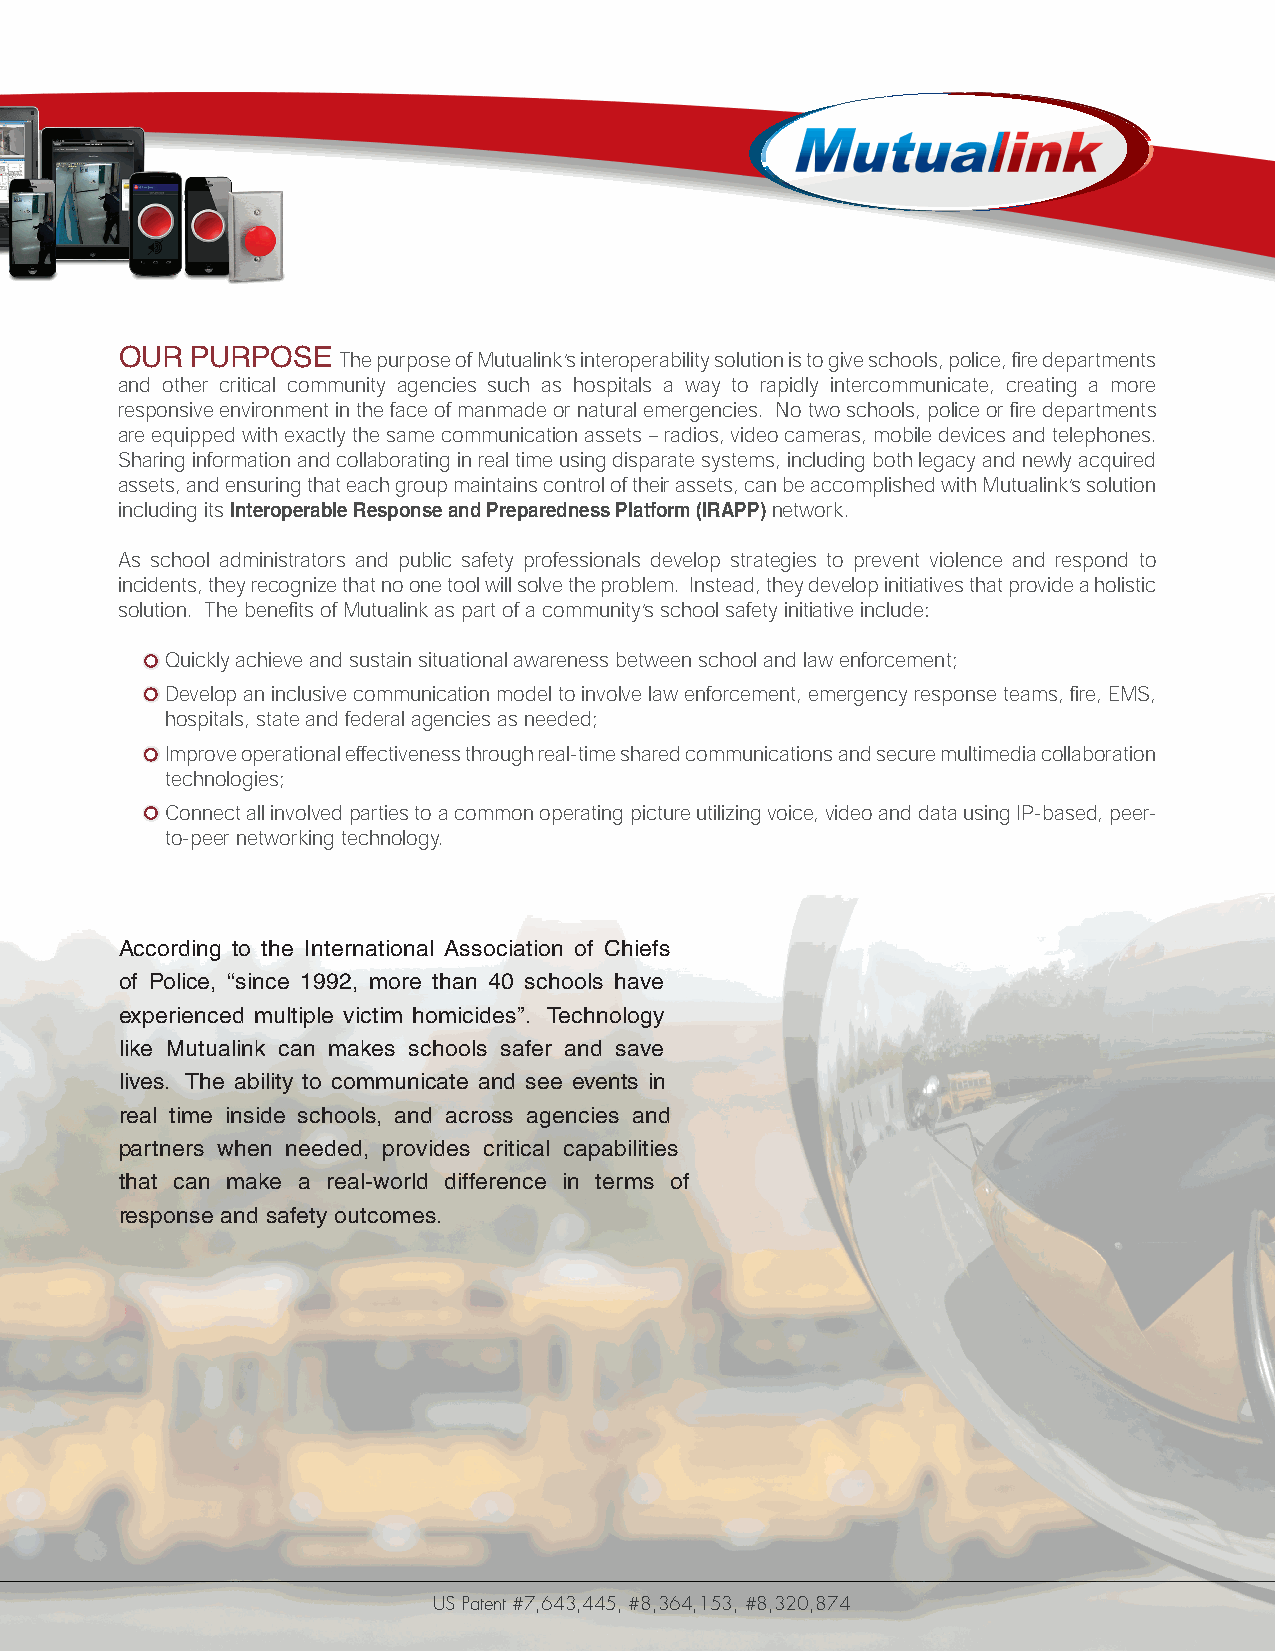
Controllable    Intuitive    Affordable
 OUR  PURPOSE  The purpose of Mutualink’s interoperability solution is to give schools, police, fire departments
 and other critical community agencies such as hospitals a way to rapidly intercommunicate, creating a more
 responsive environment in the face of manmade or natural emergencies. No two schools, police or fire departments
 are equipped with exactly the same communication assets – radios, video cameras, mobile devices and telephones.
 Sharing information and collaborating in real time using disparate systems, including both legacy and newly acquired
 assets, and ensuring that each group maintains control of their assets, can be accomplished with Mutualink’s solution
 including its Interoperable Response and Preparedness Platform (IRAPP) network.
 As school administrators and public safety professionals develop strategies to prevent violence and respond to
 incidents, they recognize that no one tool will solve the problem. Instead, they develop initiatives that provide a holistic
 solution. The benefits of Mutualink as part of a community’s school safety initiative include:
 Quickly achieve and sustain situational awareness between school and law enforcement;
 Develop an inclusive communication model to involve law enforcement, emergency response teams, fire, EMS,
 hospitals, state and federal agencies as needed;
 Improve operational effectiveness through real-time shared communications and secure multimedia collaboration
 technologies;
 Connect all involved parties to a common operating picture utilizing voice, video and data using IP-based, peer-
 to-peer networking technology.
 According to the International Association of Chiefs
 of Police, “since 1992, more than 40 schools have
 experienced multiple victim homicides”. Technology
 like Mutualink can makes schools safer and save
 lives. The ability to communicate and see events in
 real time inside schools, and across agencies and
 partners when needed, provides critical capabilities
 that can make a real-world difference in terms of
 response and safety outcomes.
 US Patent #7,643,445, #8,364,153, #8,320,874